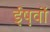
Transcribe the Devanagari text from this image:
ईष़वों